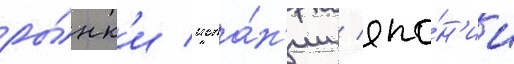
ры́нк'и испа́н'ии / япо́н'ии